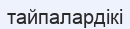
тайпалардікі